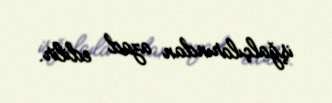
işğalçılarından azad edilir.